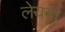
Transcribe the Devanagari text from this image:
लेयना